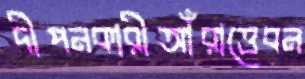
দীপনকারীআঁরাত্তেবন